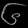
Digit: ၆